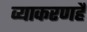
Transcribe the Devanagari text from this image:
व्याकरणहै